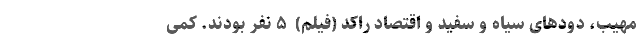
مهیب، دودهای سیاه و سفید و اقتصاد راکد (فیلم) ‌ ۵ نفر بودند. کمی